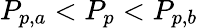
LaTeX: P_{p,a}<P_{p}<P_{p,b}